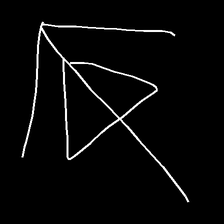
Glyph: pull